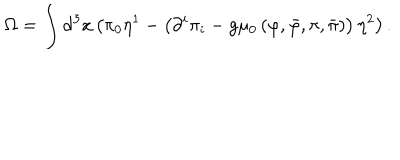
\Omega = \int \mathrm { d } ^ { 3 } x \left( \pi _ { 0 } \eta ^ { 1 } - \left( \partial ^ { i } \pi _ { i } - g \mu _ { 0 } \left( \varphi , \bar { \varphi } , \pi , \bar { \pi } \right) \right) \eta ^ { 2 } \right) .